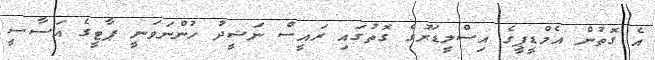
އެ ގޮތުން އެމްޑީޕީގެ އިސްލީޑަރުގެ ގޮތުގައި ރައީސް ނަޝީދު ހުންނަވަނީ ޕާޓީގެ އަސާސީ